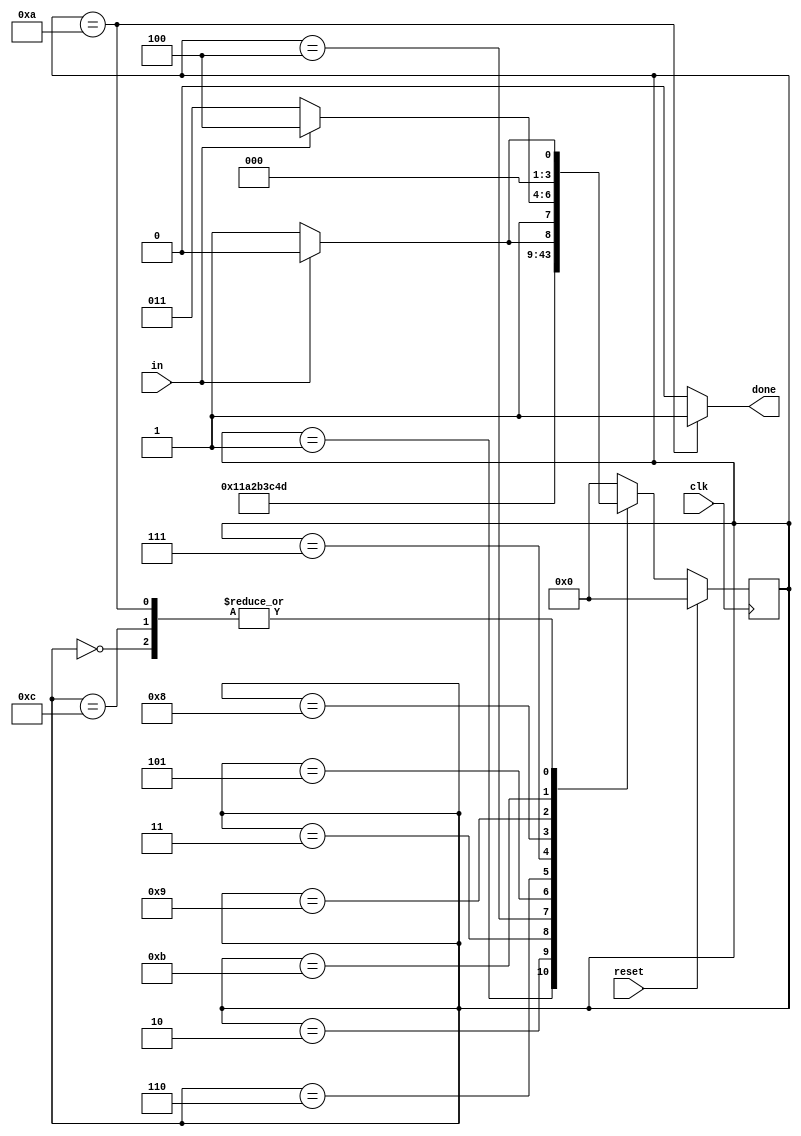
//In many (older) serial communications protocols, each data byte is sent along with a start bit and a stop bit, 
//to help the receiver delimit bytes from the stream of bits. 
//One common scheme is to use one start bit (0), 8 data bits, and 1 stop bit (1). 
//The line is also at logic 1 when nothing is being transmitted (idle).

//Design a finite state machine that will identify when bytes have been correctly received when given a stream of bits. 
//It needs to identify the start bit, wait for all 8 data bits, then verify that the stop bit was correct. 
//If the stop bit does not appear when expected, the FSM must wait until it finds a stop bit before attempting to receive the next byte.

module top_module(
    input clk,
    input in,
    input reset,    // Synchronous reset
    output done
); 
    parameter IDLE = 0,
              START = 1,
              BIT0 = 2,
              BIT1 = 3,
              BIT2 = 4,
              BIT3 = 5,
              BIT4 = 6,
              BIT5 = 7,
              BIT6 = 8,
              BIT7 = 9,
              STOP_OK = 10,
              STOP_ERR = 11,
              STOP_ERR2OK = 12;
    parameter LOW = 0, HIGH = 1;

    reg [3:0] state, next_state;

    always @(*) begin
        case (state)
            IDLE: begin
                if (in == LOW) //Start Bit is Detected
                    next_state = START;
                else
                    next_state = IDLE;
            end
            START: begin
                next_state = BIT0;
            end
            BIT0: begin
                next_state = BIT1;
            end
            BIT1: begin
                next_state = BIT2;
            end
            BIT2: begin
                next_state = BIT3;
            end
            BIT3: begin
                next_state = BIT4;
            end
            BIT4: begin
                next_state = BIT5;
            end
            BIT5: begin
                next_state = BIT6;
            end
            BIT6: begin
                next_state = BIT7;
            end
            BIT7: begin
                if (in == HIGH) //Stop Bit is Detected
                    next_state = STOP_OK;
                else //Stop Bit Error
                    next_state = STOP_ERR;
            end
            STOP_OK: begin
                if (in == LOW) //Start Bit is Detected
                    next_state = START;
                else //Idle is Detected 
                    next_state = IDLE;
            end
            STOP_ERR: begin
                if (in == HIGH)
                    next_state = STOP_ERR2OK;
                else
                    next_state = STOP_ERR;
            end
            STOP_ERR2OK: begin
                if (in == LOW) //Start Bit is Detected
                    next_state = START;
                else //Idle is Detected 
                    next_state = IDLE;
            end
            default: next_state = IDLE;
        endcase
    end

    always @(posedge clk) begin
        if (reset) begin
            state <= IDLE;
        end
        else begin
            state <= next_state;
        end
    end

    assign done = (state == STOP_OK) ? 1 : 0;

endmodule